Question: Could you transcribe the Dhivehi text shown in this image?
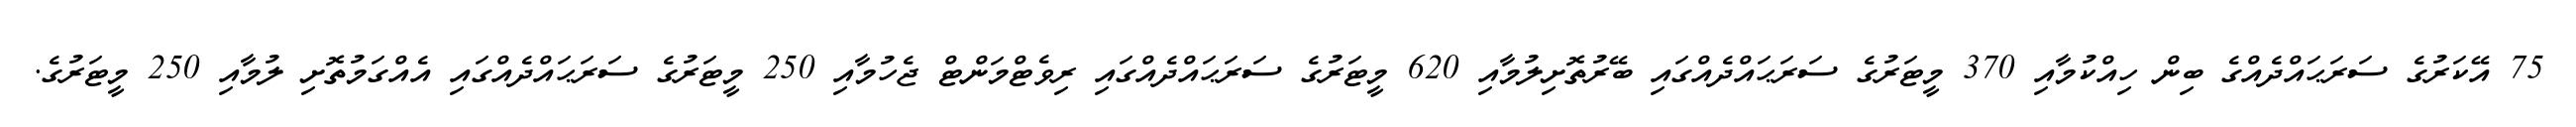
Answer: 75 އޭކަރުގެ ސަރަޙައްދެއްގެ ބިން ހިއްކުމާއި 370 މީޓަރުގެ ސަރަޙައްދެއްގައި ބޭރުތޮށިލުމާއި 620 މީޓަރުގެ ސަރަޙައްދެއްގައި ރިވެޓްމަންޓް ޖެހުމާއި 250 މީޓަރުގެ ސަރަޙައްދެއްގައި އެއްގަމުތޮށި ލުމާއި 250 މީޓަރުގެ.